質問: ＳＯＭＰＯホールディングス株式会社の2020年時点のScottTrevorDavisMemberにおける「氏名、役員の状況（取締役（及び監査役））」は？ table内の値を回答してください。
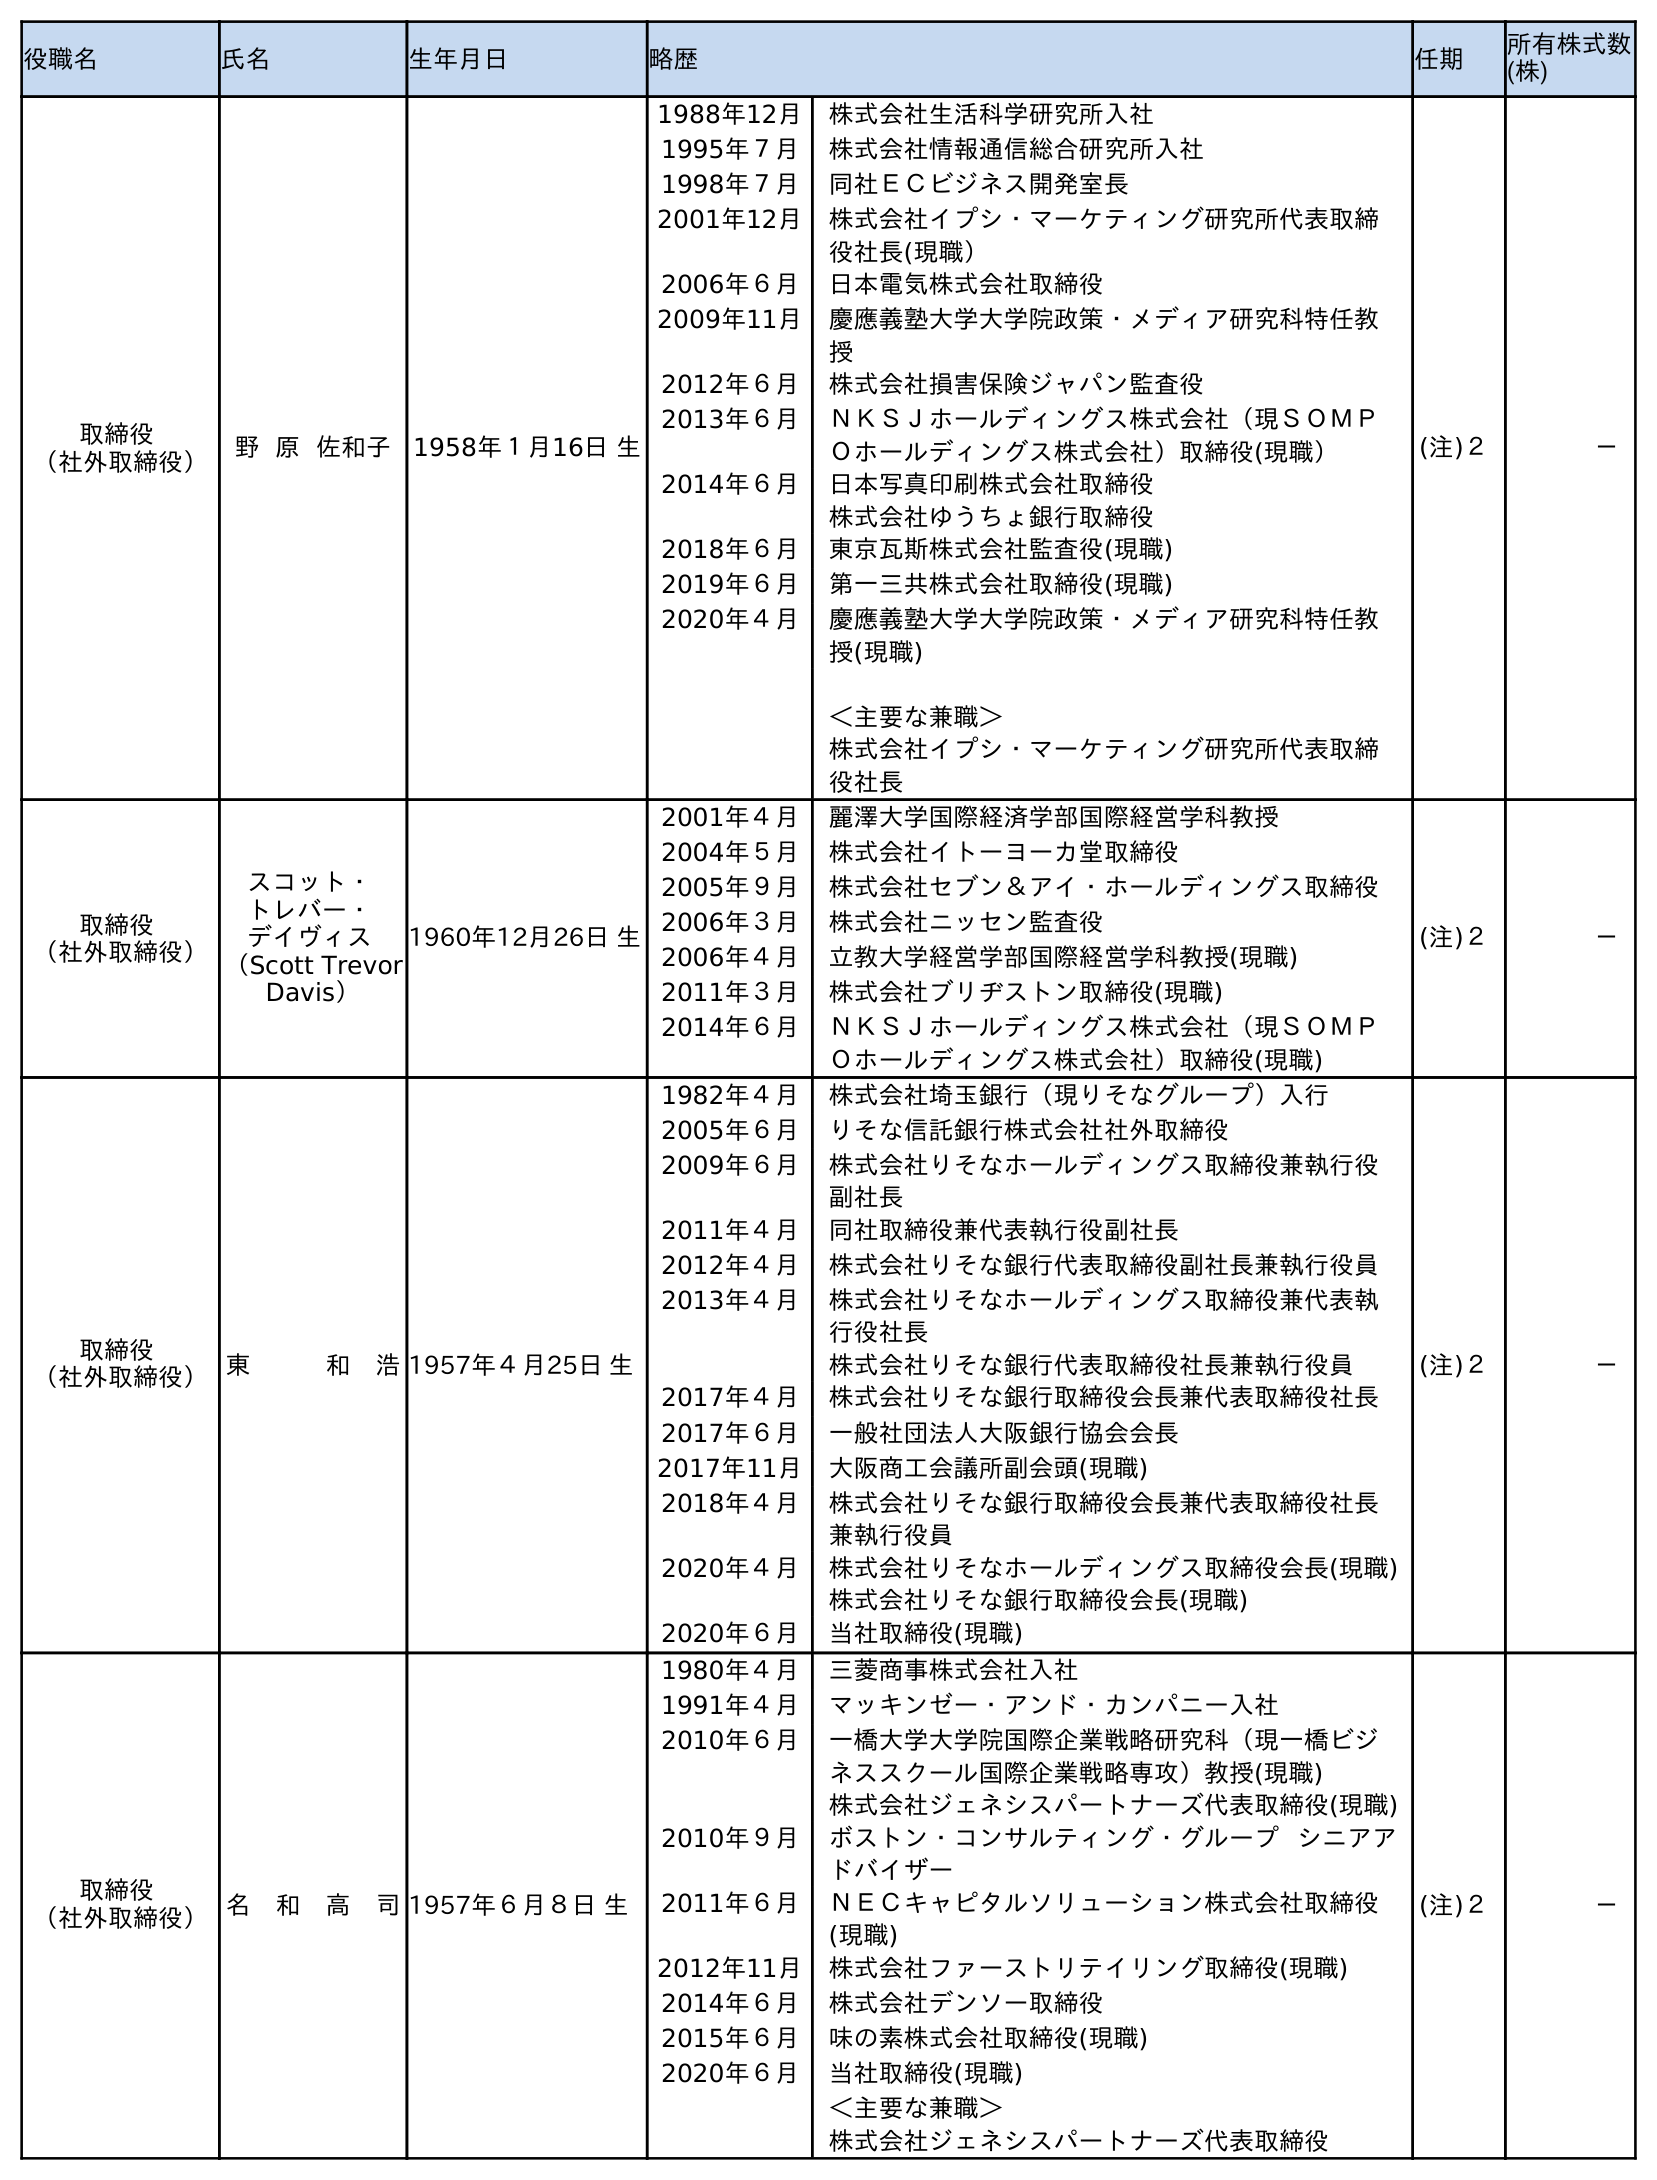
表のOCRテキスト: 役職名 氏名 生年月日 略歴 任期 所有株式数 (株) 取締役 （社外取締役） 野 原 佐和子 1958年１月16日 生 1988年12月 株式会社生活科学研究所入社 1995年７月 株式会社情報通信総合研究所入社 1998年７月 同社ＥＣビジネス開発室長 2001年12月 株式会社イプシ・マーケティング研究所代表取締 役社長(現職） 2006年６月 日本電気株式会社取締役 2009年11月 慶應義塾大学大学院政策・メディア研究科特任教 授 2012年６月 株式会社損害保険ジャパン監査役 2013年６月 ＮＫＳＪホールディングス株式会社（現ＳＯＭＰ Ｏホールディングス株式会社）取締役(現職） 2014年６月 日本写真印刷株式会社取締役 株式会社ゆうちょ銀行取締役 2018年６月 東京瓦斯株式会社監査役(現職) 2019年６月 第一三共株式会社取締役(現職) 2020年４月 慶應義塾大学大学院政策・メディア研究科特任教 授(現職) ＜主要な兼職＞ 株式会社イプシ・マーケティング研究所代表取締 役社長 (注)２ － 取締役 （社外取締役） スコット・ トレバー・ デイヴィス （Scott Trevor Davis） 1960年12月26日 生 2001年４月 麗澤大学国際経済学部国際経営学科教授 2004年５月 株式会社イトーヨーカ堂取締役 2005年９月 株式会社セブン＆アイ・ホールディングス取締役 2006年３月 株式会社ニッセン監査役 2006年４月 立教大学経営学部国際経営学科教授(現職) 2011年３月 株式会社ブリヂストン取締役(現職) 2014年６月 ＮＫＳＪホールディングス株式会社（現ＳＯＭＰ Ｏホールディングス株式会社）取締役(現職) (注)２ － 取締役 （社外取締役）東   和 浩1957年４月25日 生 1982年４月 株式会社埼玉銀行（現りそなグループ）入行 2005年６月 りそな信託銀行株式会社社外取締役 2009年６月 株式会社りそなホールディングス取締役兼執行役 副社長 2011年４月 同社取締役兼代表執行役副社長 2012年４月 株式会社りそな銀行代表取締役副社長兼執行役員 2013年４月 株式会社りそなホールディングス取締役兼代表執 行役社長 株式会社りそな銀行代表取締役社長兼執行役員 2017年４月 株式会社りそな銀行取締役会長兼代表取締役社長 2017年６月 一般社団法人大阪銀行協会会長 2017年11月 大阪商工会議所副会頭(現職) 2018年４月 株式会社りそな銀行取締役会長兼代表取締役社長 兼執行役員 2020年４月 株式会社りそなホールディングス取締役会長(現職) 株式会社りそな銀行取締役会長(現職) 2020年６月 当社取締役(現職) (注)２ － 取締役 （社外取締役）名 和 高 司1957年６月８日 生 1980年４月 三菱商事株式会社入社 1991年４月 マッキンゼー・アンド・カンパニー入社 2010年６月 一橋大学大学院国際企業戦略研究科（現一橋ビジ ネススクール国際企業戦略専攻）教授(現職) 株式会社ジェネシスパートナーズ代表取締役(現職) 2010年９月 ボストン・コンサルティング・グループ シニアア ドバイザー 2011年６月 ＮＥＣキャピタルソリューション株式会社取締役 (現職) 2012年11月 株式会社ファーストリテイリング取締役(現職) 2014年６月 株式会社デンソー取締役 2015年６月 味の素株式会社取締役(現職) 2020年６月 当社取締役(現職) ＜主要な兼職＞ 株式会社ジェネシスパートナーズ代表取締役 (注)２ －
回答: スコット・トレバー・デイヴィス（Scott Trevor Davis）